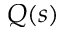
Q ( s )